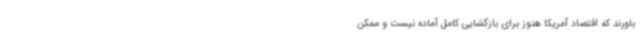
باورند که اقتصاد آمریکا هنوز برای بازگشایی کامل آماده نیست و ممکن